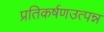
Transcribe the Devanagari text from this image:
प्रतिकर्षणउत्पन्न